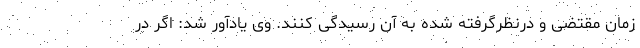
زمان مقتضی و درنظرگرفته شده به آن رسیدگی کنند. وی یادآور شد: اگر در